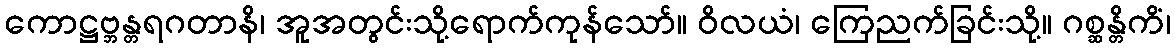
ကောဋ္ဌဗ္ဘန္တရဂတာနိ၊ အူအတွင်းသို့ရောက်ကုန်သော်။ ဝိလယံ၊ ကြေညက်ခြင်းသို့။ ဂစ္ဆန္တိကိံ၊